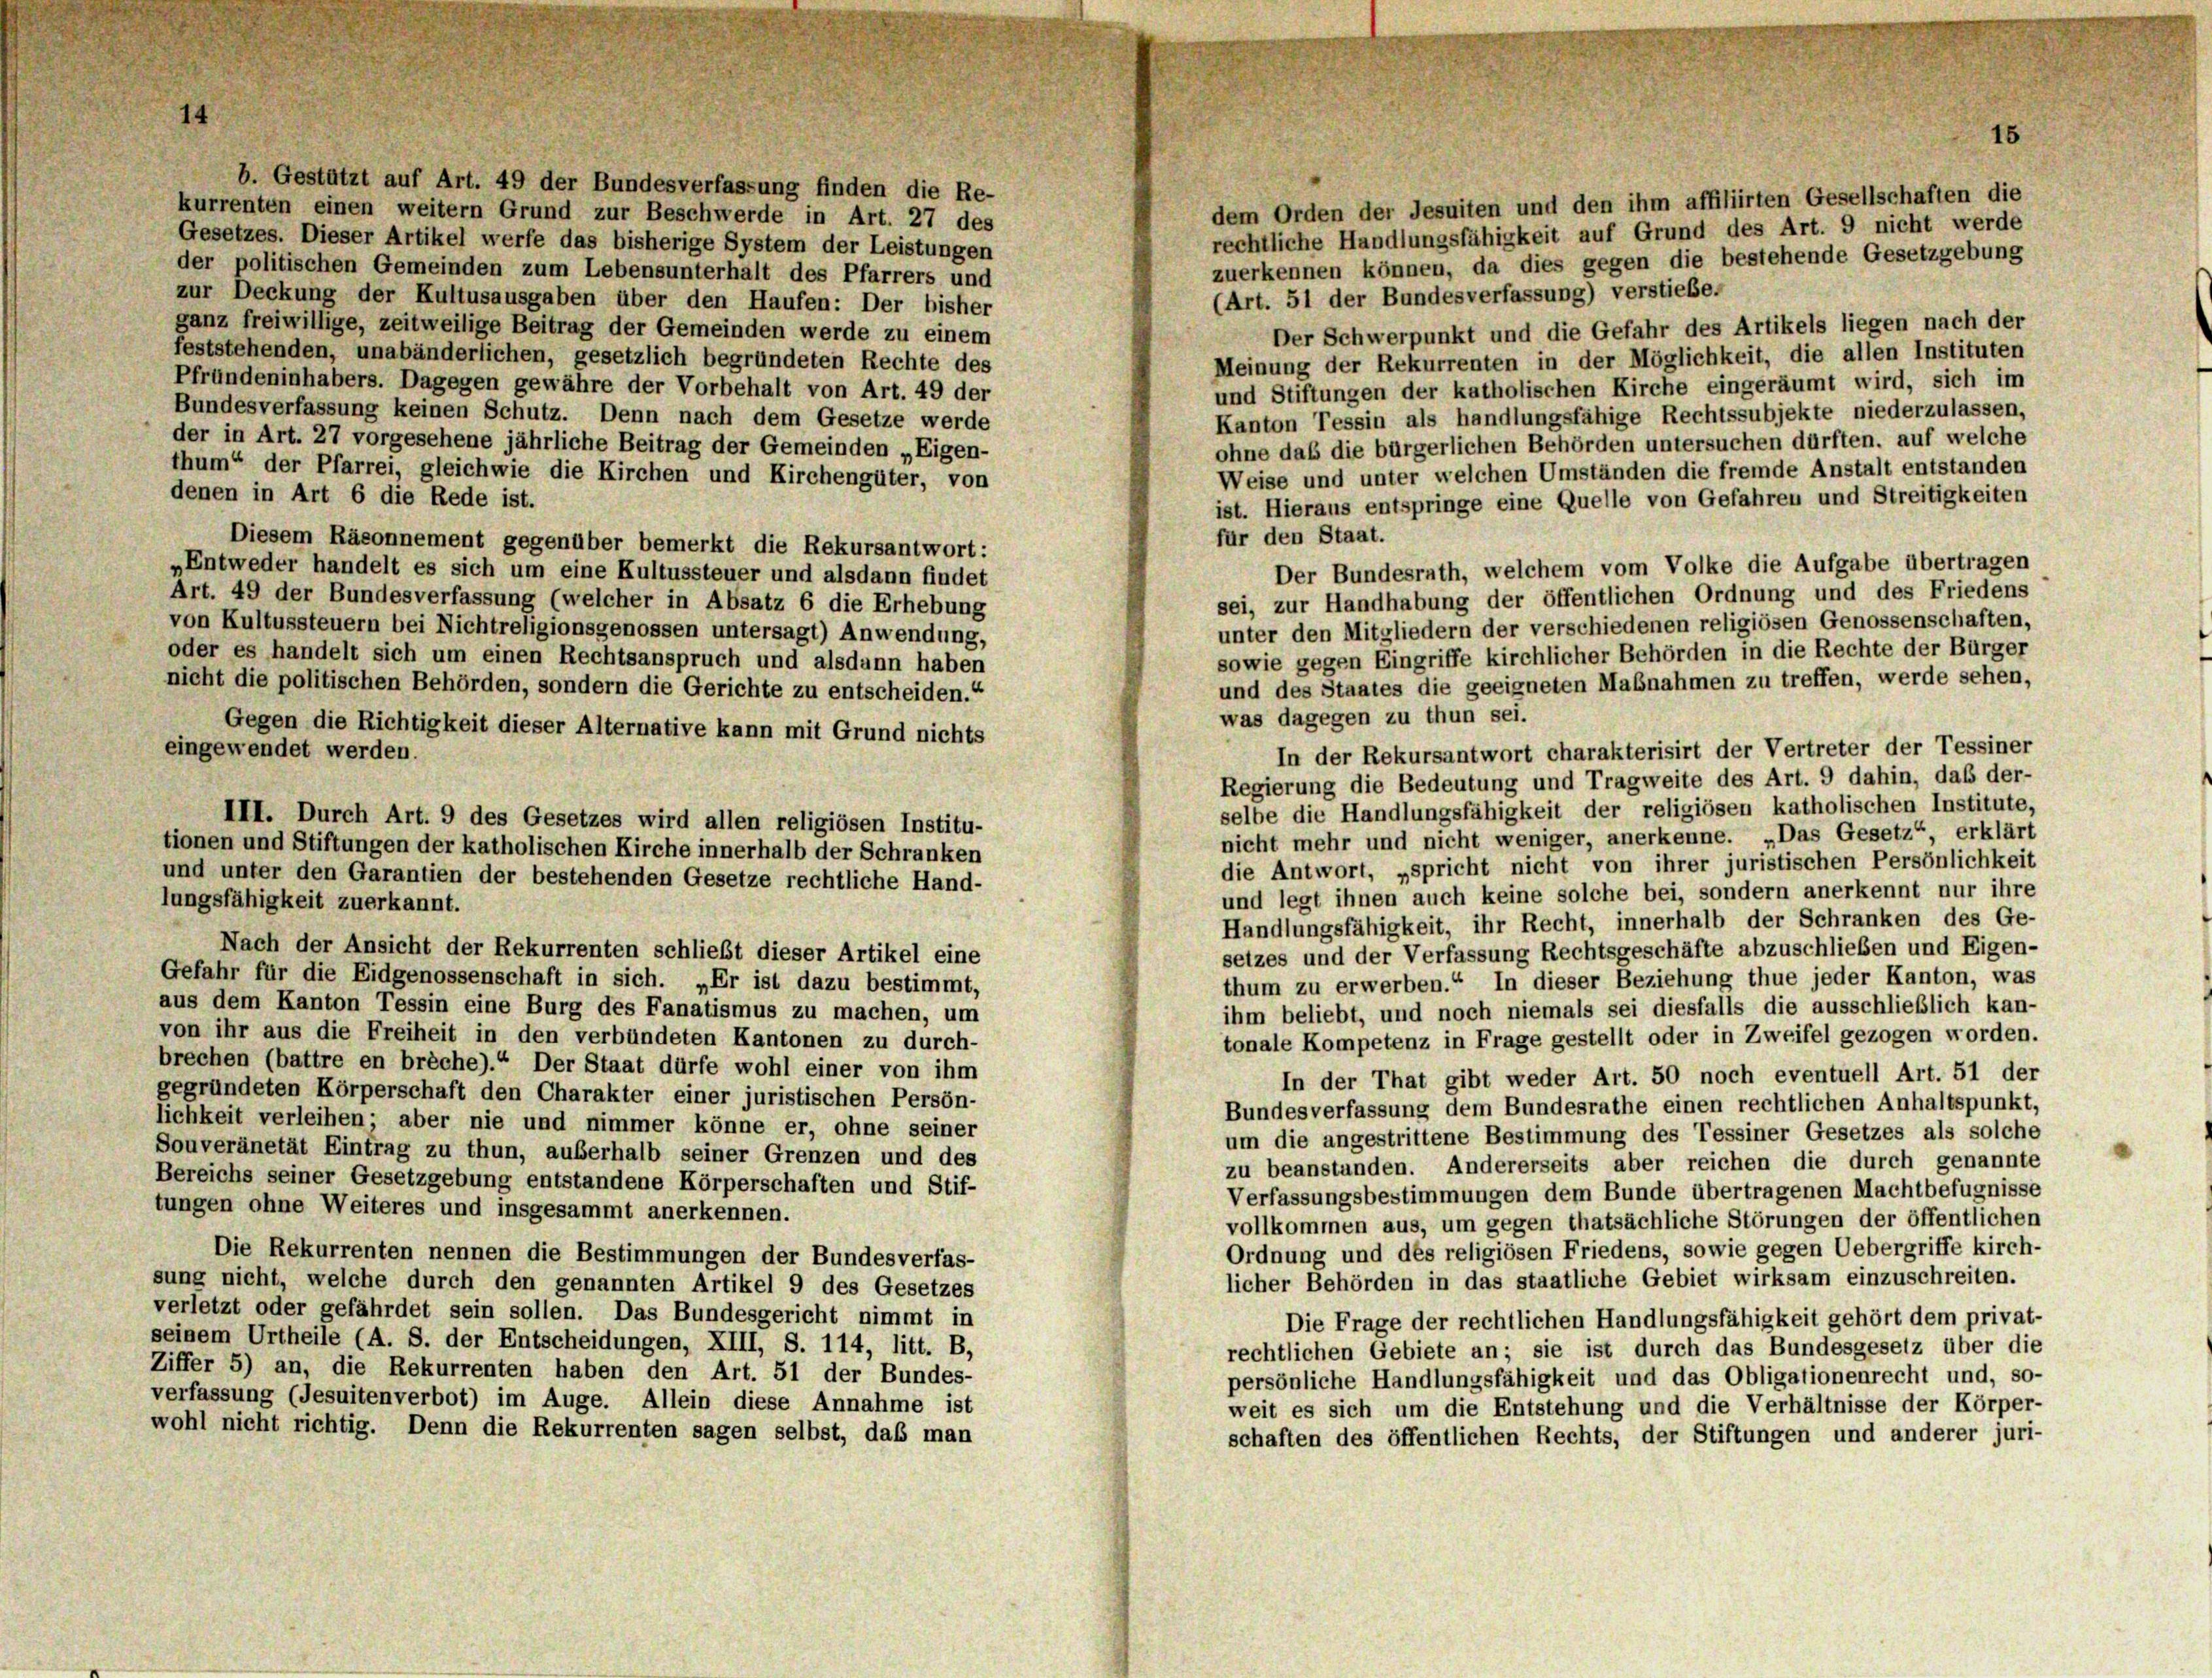
b. Gestützt auf Art. 49 der Bundesverfassung finden die Re-
dem Orden der Jesuiten und den ihm affiliirten Gesellschaften die
kurrenten einen weitern Grund zur Beschwerde in Art. 27 des
rechtliche Handlungsfähigkeit auf Grund des Art. 9 nicht werde
Gesetzes. Dieser Artikel werfe das bisherige System der Leistungen
zuerkennen können, da dies gegen die bestehende Gesetzgebung
der politischen Gemeinden zum Lebensunterhalt des Pfarrers und
(Art. 51 der Bundesverfassung) verstiebe.
zur Deckung der Kultusausgaben über den Haufen: Der bisher
ganz freiwillige, zeitweilige Beitrag der Gemeinden werde zu einem
Der Schwerpunkt und die Gefahr des Artikels liegen nach der
feststehenden, unabänderlichen, gesetzlich begründeten Rechte des
Meinung der Rekurrenten in der Möglichkeit, die allen Instituten
Pfründeninhabers. Dagegen gewähre der Vorbehalt von Art. 49 der
und Stiftungen der katholischen Kirche eingeräumt wird, sich im
Bundesverfassung keinen Schutz. Denn nach dem Gesetze werde
Kanton Tessin als handlungsfähige Rechtssubjekte niederzulassen,
der in Art. 27 vorgesehene jährliche Beitrag der Gemeinden „Eigen-
ohne daß die bürgerlichen Behörden untersuchen dürften, auf welche
thum“ der Pfarrei, gleichwie die Kirchen und Kirchengüter, von
Weise und unter welchen Umständen die fremde Anstalt entstanden
denen in Art 6 die Rede ist.
ist. Hieraus entspringe eine Quelle von Gefahren und Streitigkeiten
für den Staat.
Diesem Räsonnement gegenüber bemerkt die Rekursantwort:
Der Bundesrath, welchem vom Volke die Aufgabe übertragen
„Entweder handelt es sich um eine Kultussteuer und alsdann findet
sei, zur Handhabung der öffentlichen Ordnung und des Friedens
Art. 49 der Bundesverfassung (welcher in Absatz 6 die Erhebung
unter den Mitgliedern der verschiedenen religiösen Genossenschaften,
von Kultussteuern bei Nichtreligionsgenossen untersagt) Anwendung,
sowie gegen Eingriffe kirchlicher Behörden in die Rechte der Bürger
oder es handelt sich um einen Rechtsanspruch und alsdann haben
und des Staates die geeigneten Maßnahmen zu treffen, werde sehen,
nicht die politischen Behörden, sondern die Gerichte zu entscheiden.“
was dagegen zu thun sei.
Gegen die Richtigkeit dieser Alternative kann mit Grund nichts
eingewendet werden.
In der Rekursantwort charakterisirt der Vertreter der Tessiner
Regierung die Bedeutung und Tragweite des Art. 9 dahin, daß der-
selbe die Handlungsfähigkeit der religiösen katholischen Institute,
III. Durch Art. 9 des Gesetzes wird allen religiösen Institu-
nicht mehr und nicht weniger, anerkenne. „Das Gesetz“, erklärt
tionen und Stiftungen der katholischen Kirche innerhalb der Schranken
die Antwort, spricht nicht von ihrer juristischen Persönlichkeit
und unter den Garantien der bestehenden Gesetze rechtliche Hand-
und legt ihnen auch keine solche bei, sondern anerkennt nur ihre
lungsfähigkeit zuerkannt.
Handlungsfähigkeit, ihr Recht, innerhalb der Schranken des Ge-
Nach der Ansicht der Rekurrenten schließt dieser Artikel eine
setzes und der Verfassung Rechtsgeschäfte abzuschließen und Eigen-
Gefahr für die Eidgenossenschaft in sich. „Er ist dazu bestimmt,
thum zu erwerben.“ In dieser Beziehung thue jeder Kanton, was
aus dem Kanton Tessin eine Burg des Fanatismus zu machen, um
ihm beliebt, und noch niemals sei diesfalls die ausschließlich kan-
von ihr aus die Freiheit in den verbündeten Kantonen zu durch-
tonale Kompetenz in Frage gestellt oder in Zweifel gezogen worden.
brechen (battre en breche).“ Der Staat dürfe wohl einer von ihm
In der That gibt weder Art. 50 noch eventuell Art. 51 der
gegründeten Körperschaft den Charakter einer juristischen Persön-
Bundesverfassung dem Bundesrathe einen rechtlichen Anhaltspunkt,
lichkeit verleihen; aber nie und nimmer könne er, ohne seiner
um die angestrittene Bestimmung des Tessiner Gesetzes als solche
Souveränetät Eintrag zu thun, außerhalb seiner Grenzen und des
zu beanstanden. Andererseits aber reichen die durch genannte
Bereichs seiner Gesetzgebung entstandene Körperschaften und Stif-
Verfassungsbestimmungen dem Bunde übertragenen Machtbefugnisse
tungen ohne Weiteres und insgesammt anerkennen.
vollkommen aus, um gegen thatsächliche Störungen der öffentlichen
Ordnung und des religiösen Friedens, sowie gegen Uebergriffe kirch-
Die Rekurrenten nennen die Bestimmungen der Bundesverfas-
licher Behörden in das staatliche Gebiet wirksam einzuschreiten.
sung nicht, welche durch den genannten Artikel 9 des Gesetzes
verletzt oder gefährdet sein sollen. Das Bundesgericht nimmt in
Die Frage der rechtlichen Handlungsfähigkeit gehört dem privat-
seinem Urtheile (A. S. der Entscheidungen, XIII, S. 114, litt. B,
rechtlichen Gebiete an; sie ist durch das Bundesgesetz über die
Ziffer 5) an, die Rekurrenten haben den Art. 51 der Bundes-
persönliche Handlungsfähigkeit und das Obligationenrecht und, so-
verfassung (Jesuitenverbot) im Auge. Allein diese Annahme ist
weit es sich um die Entstehung und die Verhältnisse der Körper-
wohl nicht richtig. Denn die Rekurrenten sagen selbst, daß man
schaften des öffentlichen Rechts, der Stiftungen und anderer juri-

15